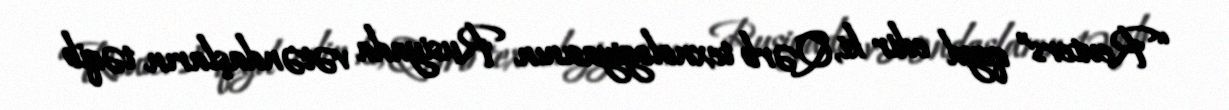
“Reuters” qeyd edir ki, Qərb texnologiyasının Rusiyada vətəndaşların təqib